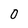
Character: 0